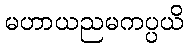
မဟာယညမကပ္ပယိ